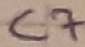
Text: C7